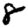
Digit: 8